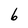
Character: 6